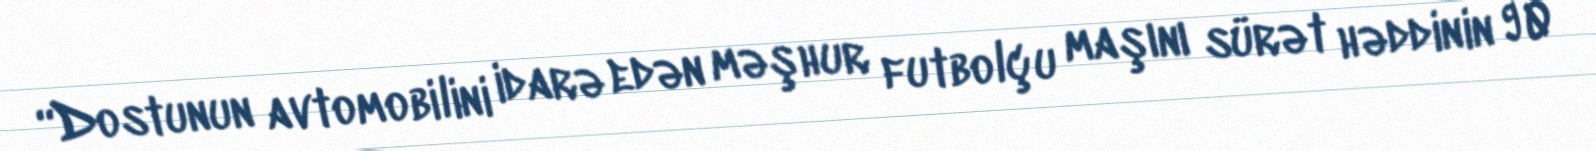
“Dostunun avtomobilini idarə edən məşhur futbolçu maşını sürət həddinin 90